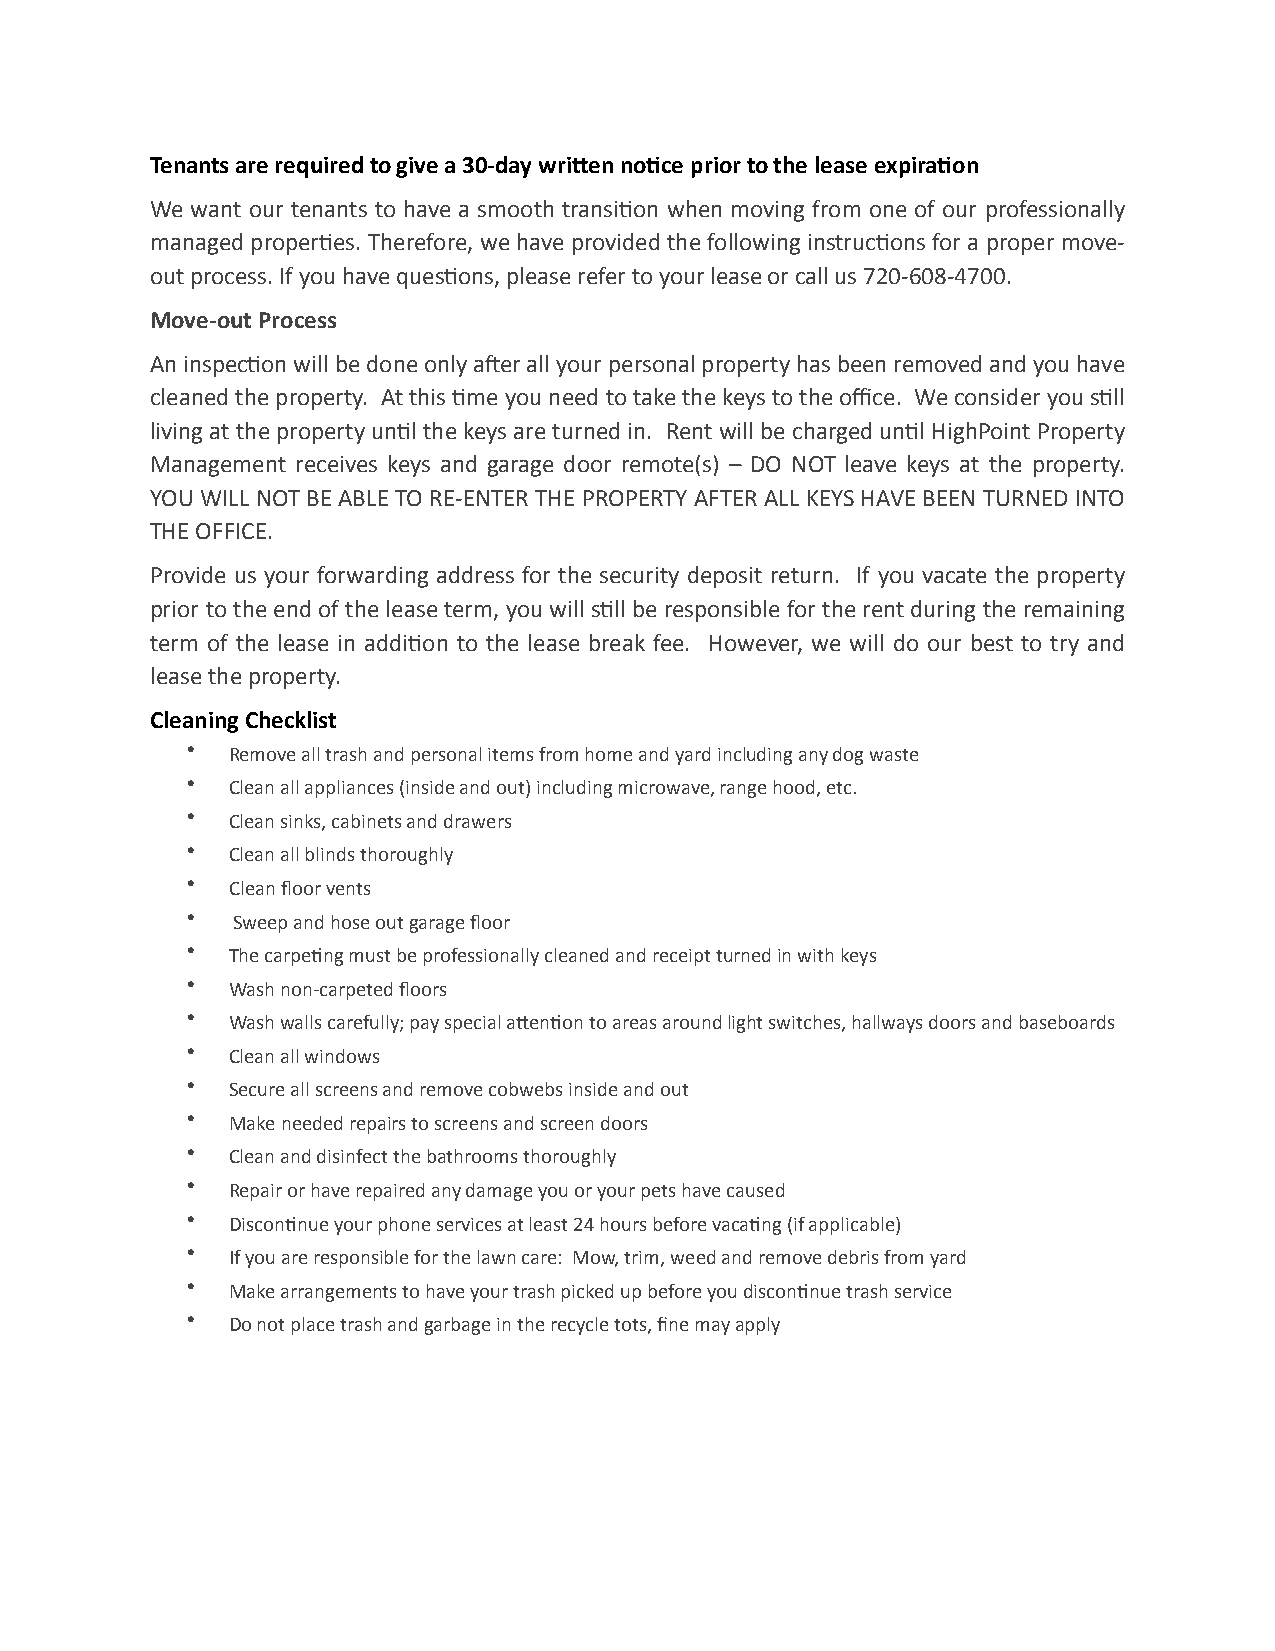
Tenants are required to give a 30-­‐day wri5en no6ce prior to the lease expira6on
 We want our tenants to have a smooth transi0on when moving from one of our professionally
 managed proper0es. Therefore, we have provided the following instruc0ons for a proper move-­‐
 out process. If you have ques0ons, please refer to your lease or call us 720-­‐608-­‐4700.
 Move-­‐out Process
 An inspec0on will be done only aFer all your personal property has been removed and you have
 cleaned the property. At this 0me you need to take the keys to the office. We consider you s0ll
 living at the property un0l the keys are turned in. Rent will be charged un0l HighPoint Property
 Management receives keys and garage door remote(s) – DO NOT leave keys at the property.
 YOU WILL NOT BE ABLE TO RE-­‐ENTER THE PROPERTY AFTER ALL KEYS HAVE BEEN TURNED INTO
 THE OFFICE.
 Provide us your forwarding address for the security deposit return. If you vacate the property
 prior to the end of the lease term, you will s0ll be responsible for the rent during the remaining
 term of the lease in addi0on to the lease break fee. However, we will do our best to try and
 lease the property.
 Cleaning Checklist
 •  Remove all trash and personal items from home and yard including any dog waste
 •  Clean all appliances (inside and out) including microwave, range hood, etc.
 •  Clean sinks, cabinets and drawers
 •  Clean all blinds thoroughly
 •  Clean floor vents
 •  Sweep and hose out garage floor
 •  The carpe0ng must be professionally cleaned and receipt turned in with keys
 •  Wash non-­‐carpeted floors
 •  Wash walls carefully; pay special a_en0on to areas around light switches, hallways doors and baseboards
 •  Clean all windows
 •  Secure all screens and remove cobwebs inside and out
 •  Make needed repairs to screens and screen doors
 •  Clean and disinfect the bathrooms thoroughly
 •  Repair or have repaired any damage you or your pets have caused
 •  Discon0nue your phone services at least 24 hours before vaca0ng (if applicable)
 •  If you are responsible for the lawn care: Mow, trim, weed and remove debris from yard
 •  Make arrangements to have your trash picked up before you discon0nue trash service
 •  Do not place trash and garbage in the recycle tots, fine may apply